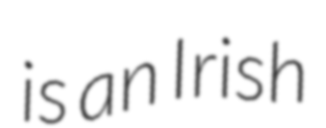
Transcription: is an Irish